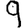
Digit: 9